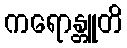
ကရောန္တူတိ